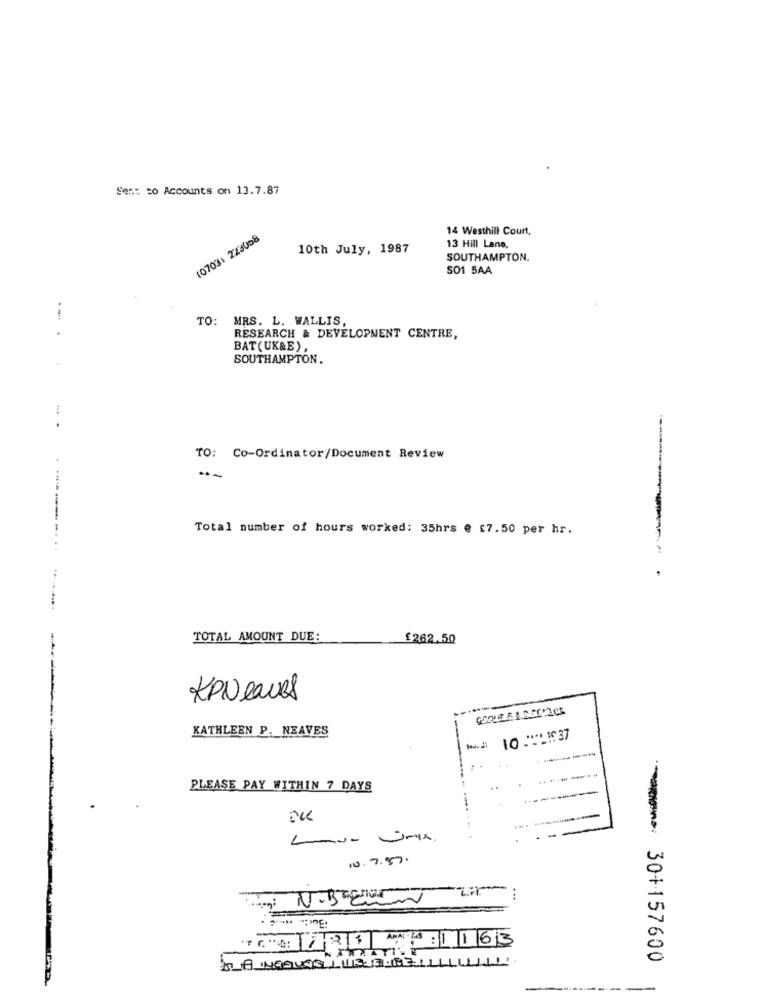
Sent to Accounts on 13.7.87
14 Westhill Court,
(0703) 223058
10th July, 1987
13 Hill Lane,
SOUTHAMPTON.
SO1 5AA
TO: MRS. L. WALLIS,
.- .
RESEARCH & DEVELOPMENT CENTRE,
BAT(UK&E),
SOUTHAMPTON.
TO: Co-Ordinator/Document Review
------ -.
Total number of hours worked: 35hrs @ £7.50 per hr.
TOTAL AMOUNT DUE:
£262.50
KPNeaues
KATHLEEN P. NEAVES
10 ::- 1:37
PLEASE PAY WITHIN 7 DAYS
.....
10.7.57.
...
T. V: 121 AM 1 :1163
*******: 30+157600